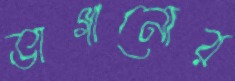
ভাগানোর